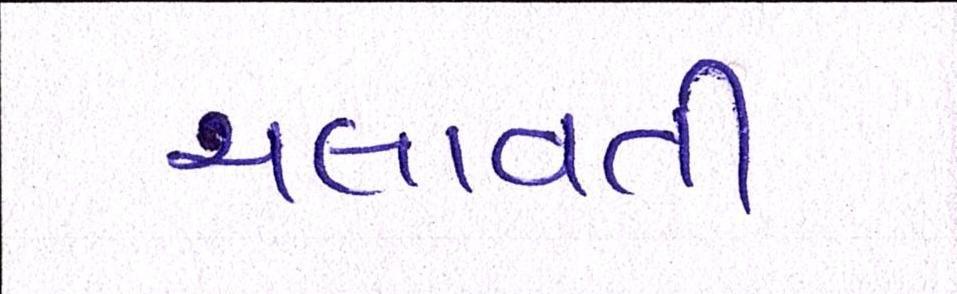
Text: ચલાવતી